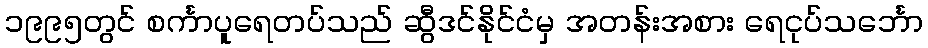
၁၉၉၅တွင် စင်္ကာပူရေတပ်သည် ဆွီဒင်နိုင်ငံမှ အတန်းအစား ရေငုပ်သင်္ဘော